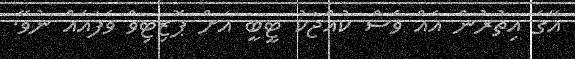
އޭގެ އިތުރުން އެއް ވެސް ކުއްޖަކު ޓީބީ އަށް ޕޮޒިޓިވް ވެފައެއް ނުވޭ.